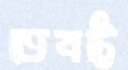
তেষট্টি